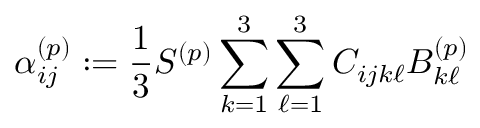
\alpha _ { i j } ^ { ( p ) } : = \frac { 1 } { 3 } S ^ { ( p ) } \sum _ { k = 1 } ^ { 3 } \sum _ { \ell = 1 } ^ { 3 } C _ { i j k \ell } B _ { k \ell } ^ { ( p ) }